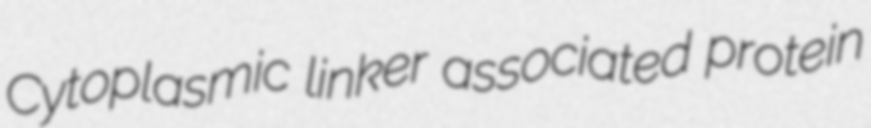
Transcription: Cytoplasmic linker associated protein